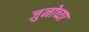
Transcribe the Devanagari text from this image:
जुनोच्या